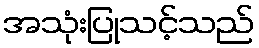
အသုံးပြုသင့်သည်